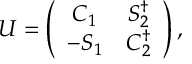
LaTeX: U = \left( \begin{array} { c c } { { C _ { 1 } } } & { { S _ { 2 } ^ { \dagger } } } \\ { { - S _ { 1 } } } & { { C _ { 2 } ^ { \dagger } } } \end{array} \right) ,